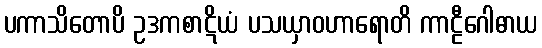
ပကာသိတောပိ ဥဒကစာဋိယံ ပသယှာဝဟာရောတိ ကာဠီဂေါဓာယ